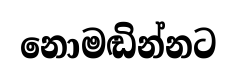
නොමඬින්නට